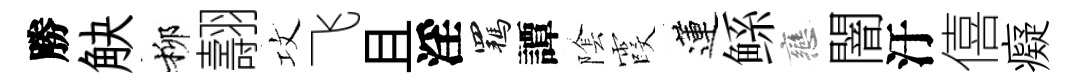
勝觖柳翿攻飞且淫羈譚隂霞蓮鲧戀闇汙僖癡